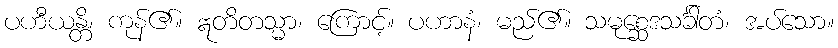
ပဟီယန္တိ၊ ကုန်၏။ ဣတိတသ္မာ၊ ကြောင့်။ ပဟာနံ၊ မည်၏။ သမုစ္ဆေဒသင်္ခါတံ၊ အပ်သော။